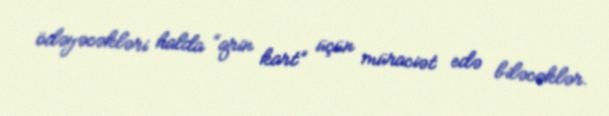
ödəyəcəkləri halda “qrin kart” üçün müraciət edə biləcəklər.